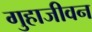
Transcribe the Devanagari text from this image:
गुहाजीवन